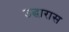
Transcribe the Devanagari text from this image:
उद्धारास